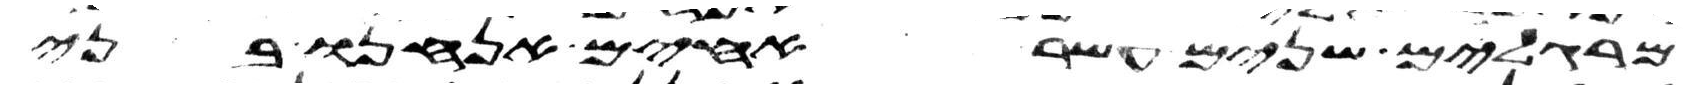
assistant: מרגלים שנים עשר אחים אנחנו בני